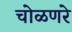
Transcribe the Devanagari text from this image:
चोळणरे